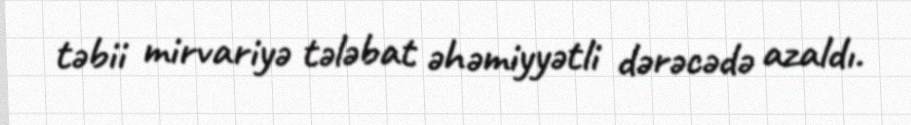
təbii mirvariyə tələbat əhəmiyyətli dərəcədə azaldı.